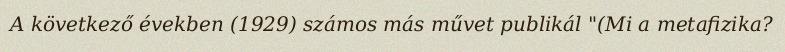
A következő években (1929) számos más művet publikál "(Mi a metafizika?